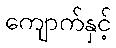
ကျောက်နှင့်